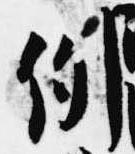
例